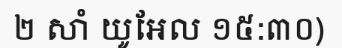
២ សាំ យូអែល ១៥:៣០)